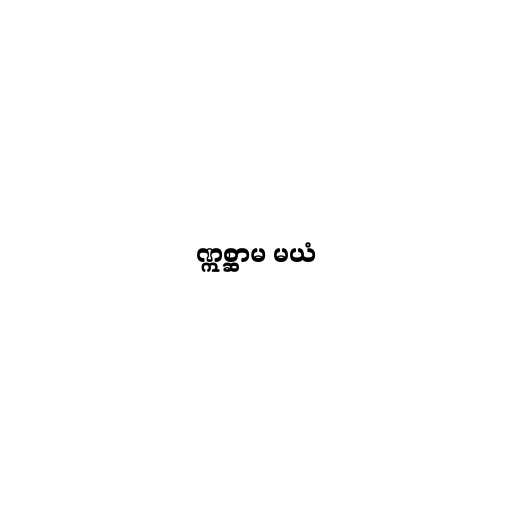
ဣစ္ဆာမ မယံ